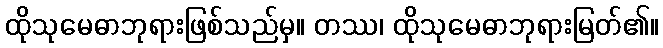
ထိုသုမေဓာဘုရားဖြစ်သည်မှ။ တဿ၊ ထိုသုမေဓာဘုရားမြတ်၏။